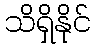
သိရှိနိုင်